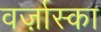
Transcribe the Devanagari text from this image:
वर्ज़ास्का